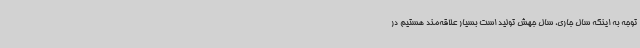
توجه به اینکه سال جاری، سال جهش تولید است بسیار علاقه‌مند هستیم در